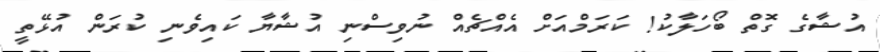
އުޝާގެ ގޮތް ބޯހަލާކު! ކަރަމްއަށް އެއްޗެއް ނުވިސްނި އުޝާޔާ ކައިވެނި ކުރަން އުޅޭތީ